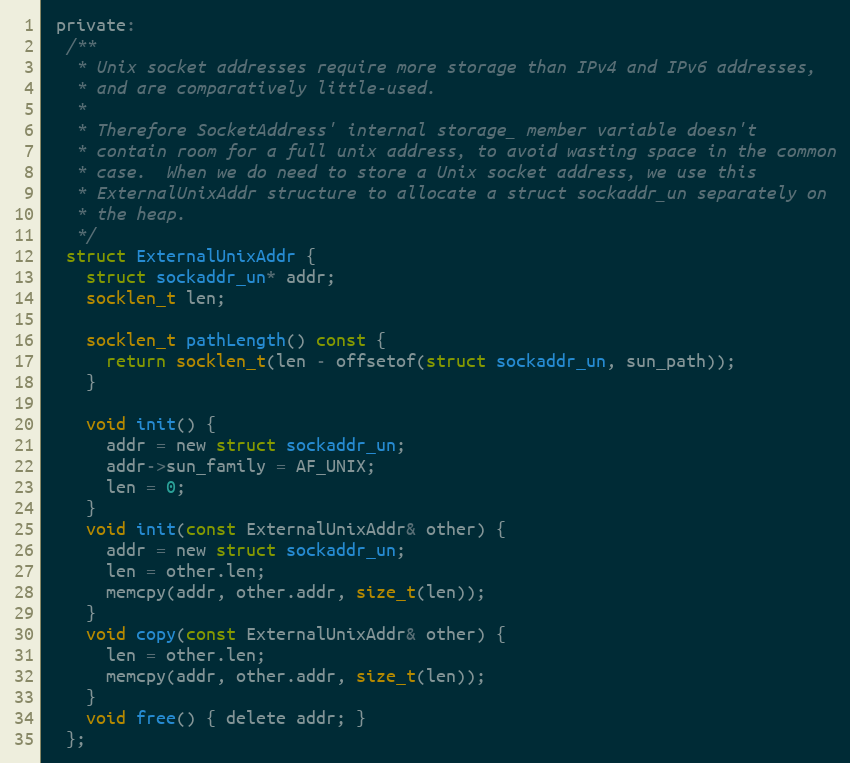
Language: C
 private:
  /**
   * Unix socket addresses require more storage than IPv4 and IPv6 addresses,
   * and are comparatively little-used.
   *
   * Therefore SocketAddress' internal storage_ member variable doesn't
   * contain room for a full unix address, to avoid wasting space in the common
   * case.  When we do need to store a Unix socket address, we use this
   * ExternalUnixAddr structure to allocate a struct sockaddr_un separately on
   * the heap.
   */
  struct ExternalUnixAddr {
    struct sockaddr_un* addr;
    socklen_t len;

    socklen_t pathLength() const {
      return socklen_t(len - offsetof(struct sockaddr_un, sun_path));
    }

    void init() {
      addr = new struct sockaddr_un;
      addr->sun_family = AF_UNIX;
      len = 0;
    }
    void init(const ExternalUnixAddr& other) {
      addr = new struct sockaddr_un;
      len = other.len;
      memcpy(addr, other.addr, size_t(len));
    }
    void copy(const ExternalUnixAddr& other) {
      len = other.len;
      memcpy(addr, other.addr, size_t(len));
    }
    void free() { delete addr; }
  };